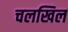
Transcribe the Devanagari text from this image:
चलखिल